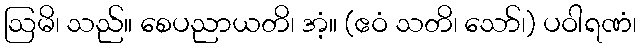
ဩမိ၊ သည်။ စေပညာယတိ၊ အံ့။ (ဧဝံ သတိ၊ သော်၊) ပဝါရဏံ၊